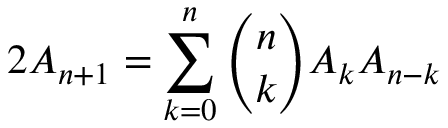
2 A _ { n + 1 } = \sum _ { k = 0 } ^ { n } { \binom { n } { k } } A _ { k } A _ { n - k }